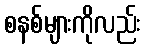
စနစ်များကိုလည်း